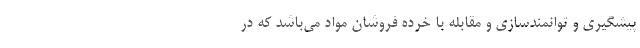
پیشگیری و توانمند‌سازی و مقابله با خرده فرو‌شان مواد می‌باشد که در